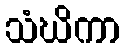
သံဃိကာ